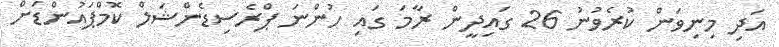
އަދި މިނިވަން ކުރެވުނު 26 ގައިދީން ރާމަ ގައި ހުންނަ ޕްރެސިޑެންޝަލް ކޮމްޕައުންޑަށް